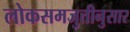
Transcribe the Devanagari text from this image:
लोकसमजुतीनुसार